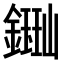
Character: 𫓈